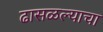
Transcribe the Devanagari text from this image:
ढासळल्याचा